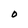
Character: O